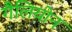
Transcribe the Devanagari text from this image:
गैलियोन